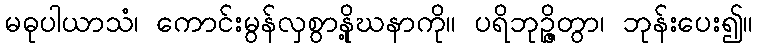
မဓုပါယာသံ၊ ကောင်းမွန်လှစွာနို့ဃနာကို။ ပရိဘုဉ္ဇိတွာ၊ ဘုန်းပေး၍။